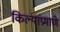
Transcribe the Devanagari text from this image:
किल्यांप्रमाणे